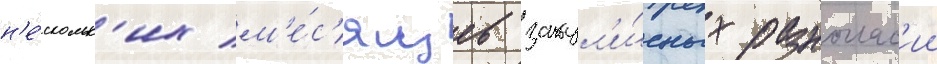
н'е́скольк'их м'е́с'яцев закул'и́сных разноглас'ии